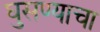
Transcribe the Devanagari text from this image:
घुसण्याचा